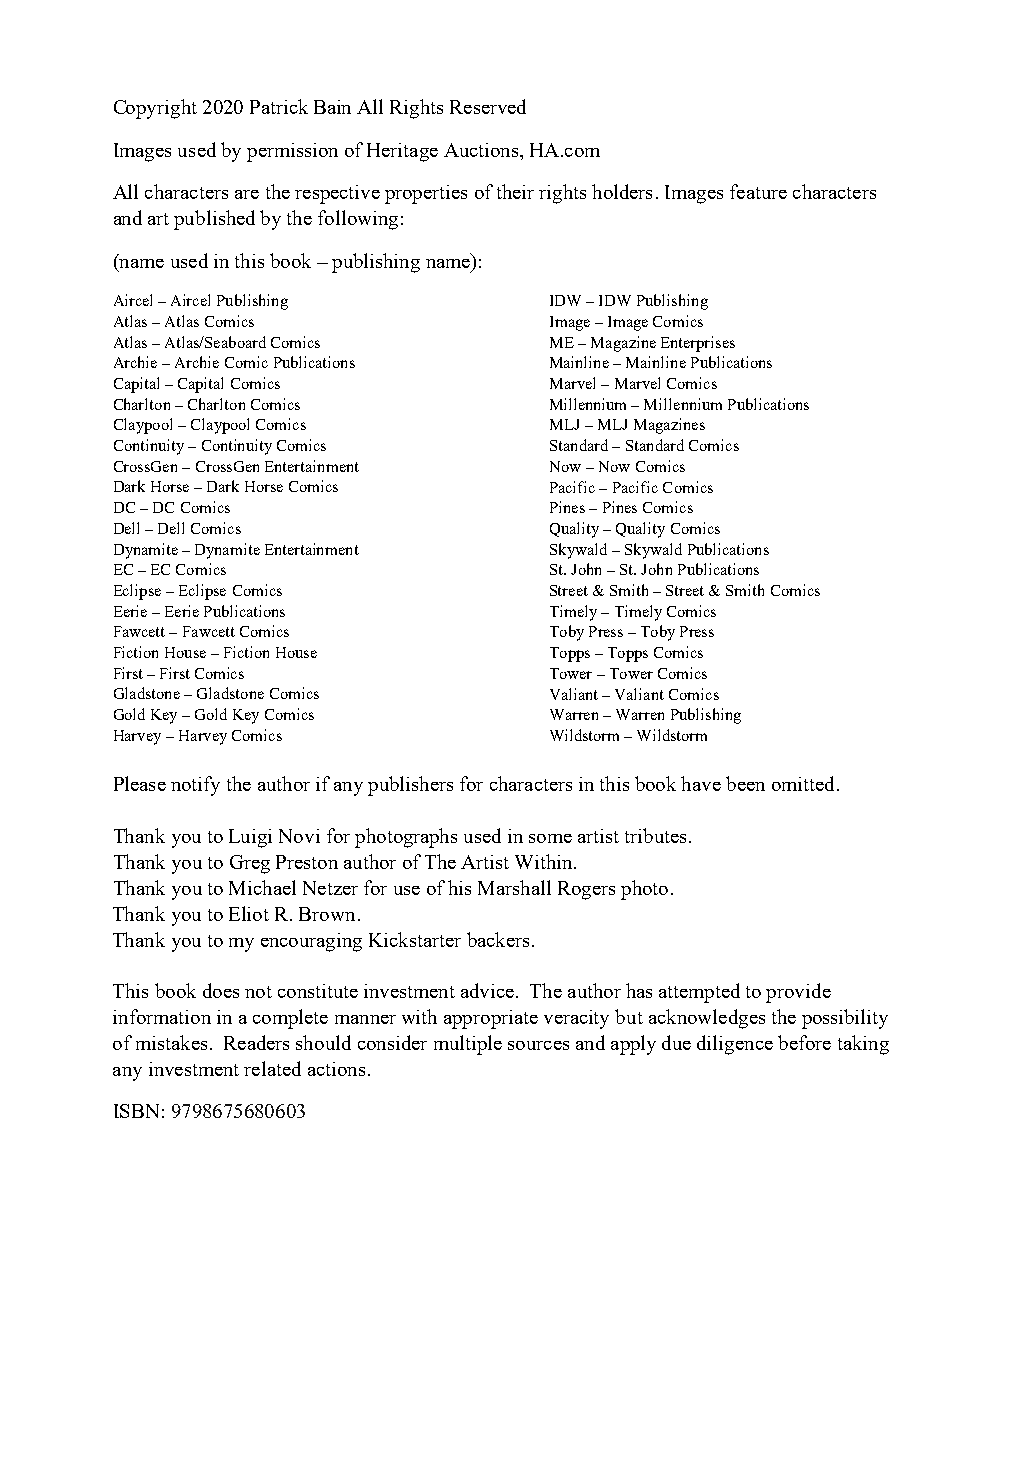
Copyright 2020 Patrick Bain All Rights Reserved
 Images used by permission of Heritage Auctions, HA.com
 All characters are the respective properties of their rights holders. Images feature characters
 and art published by the following:
 (name used in this book – publishing name):
 Aircel – Aircel Publishing   IDW – IDW Publishing
 Atlas – Atlas Comics         Image – Image Comics
 Atlas – Atlas/Seaboard Comics ME – Magazine Enterprises
 Archie – Archie Comic Publications Mainline – Mainline Publications
 Capital – Capital Comics     Marvel – Marvel Comics
 Charlton – Charlton Comics   Millennium – Millennium Publications
 Claypool – Claypool Comics   MLJ – MLJ Magazines
 Continuity – Continuity Comics Standard – Standard Comics
 CrossGen – CrossGen Entertainment Now – Now Comics
 Dark Horse – Dark Horse Comics Pacific – Pacific Comics
 DC – DC Comics               Pines – Pines Comics
 Dell – Dell Comics           Quality – Quality Comics
 Dynamite – Dynamite Entertainment Skywald – Skywald Publications
 EC – EC Comics               St. John – St. John Publications
 Eclipse – Eclipse Comics     Street & Smith – Street & Smith Comics
 Eerie – Eerie Publications   Timely – Timely Comics
 Fawcett – Fawcett Comics     Toby Press – Toby Press
 Fiction House – Fiction House Topps – Topps Comics
 First – First Comics         Tower – Tower Comics
 Gladstone – Gladstone Comics Valiant – Valiant Comics
 Gold Key – Gold Key Comics   Warren – Warren Publishing
 Harvey – Harvey Comics       Wildstorm – Wildstorm
 Please notify the author if any publishers for characters in this book have been omitted.
 Thank you to Luigi Novi for photographs used in some artist tributes.
 Thank you to Greg Preston author of The Artist Within.
 Thank you to Michael Netzer for use of his Marshall Rogers photo.
 Thank you to Eliot R. Brown.
 Thank you to my encouraging Kickstarter backers.
 This book does not constitute investment advice. The author has attempted to provide
 information in a complete manner with appropriate veracity but acknowledges the possibility
 of mistakes. Readers should consider multiple sources and apply due diligence before taking
 any investment related actions.
 ISBN: 9798675680603